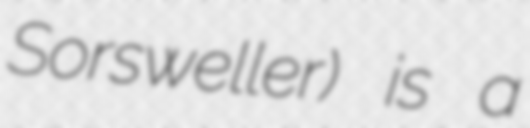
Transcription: Sorsweller) is a